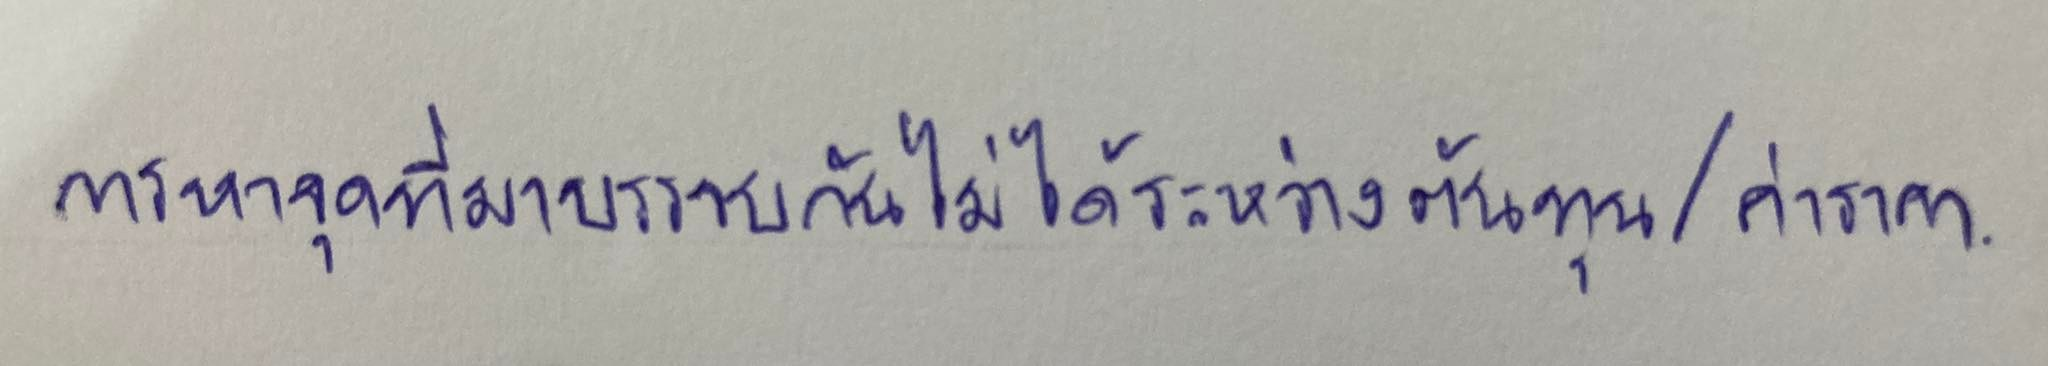
การหาจุดที่มาบรรจบกันไม่ได้ระหว่างต้นทุน/ค่าราคา